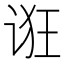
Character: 诳